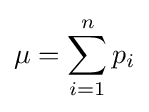
\mu =\sum \limits _{i=1}^{n}p_{i}